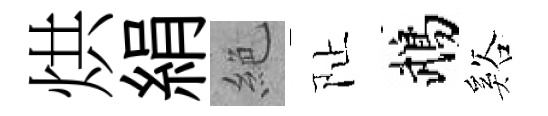
烘絹絶阯鵡谿